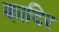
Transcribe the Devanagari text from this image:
का़दिर